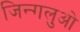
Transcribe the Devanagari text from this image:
जिन्गलुओ